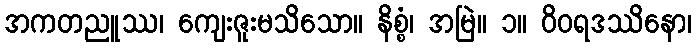
အကတညူဿ၊ ကျေးဇူးမသိသော။ နိစ္စံ၊ အမြဲ။ ၁။ ဝိဝရဒဿိနော၊